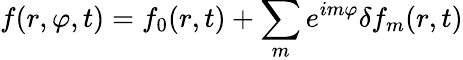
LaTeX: f(r,\varphi,t)=f_{0}(r,t)+\sum_{m}e^{im\varphi}\delta f_{m}(r,t)